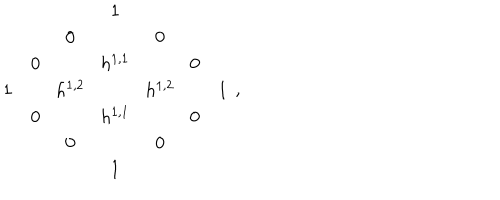
\begin{array} { c c c c c c c } { { } } & { { } } & { { } } & { { 1 } } & { { } } & { { } } & { { } } \\ { { } } & { { } } & { { 0 \! } } & { { } } & { { \! 0 } } & { { } } & { { } } \\ { { } } & { { 0 \! } } & { { } } & { { h ^ { 1 , 1 } } } & { { } } & { { \! 0 } } & { { } } \\ { { 1 } } & { { } } & { { h ^ { 1 , 2 } \! } } & { { } } & { { \! h ^ { 1 , 2 } } } & { { } } & { { 1 } } \\ { { } } & { { 0 \! } } & { { } } & { { h ^ { 1 , 1 } } } & { { } } & { { \! 0 } } & { { } } \\ { { } } & { { } } & { { 0 \! } } & { { } } & { { \! 0 } } & { { } } & { { } } \\ { { } } & { { } } & { { } } & { { 1 } } & { { } } & { { } } & { { } } \\ \end{array} \ ,